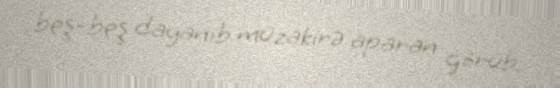
beş-beş dayanıb müzakirə aparan görüb.